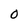
Character: 0